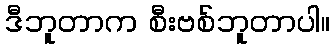
ဒီဘူတာက စီးဗစ်ဘူတာပါ။